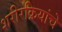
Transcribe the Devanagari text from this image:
शरीरक्रियांचे